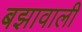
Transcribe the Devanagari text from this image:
बझावाली